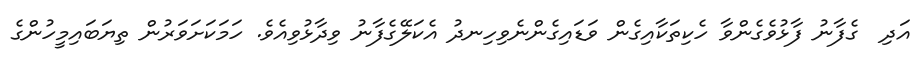
އަދި  ގެފާނު ފާޅުވެގެންވާ ހެކިތަކާއިގެން ވަޑައިގެންނެވިހިނދު އެކަލޭގެފާނު ވިދާޅުވިއެވެ. ހަމަކަށަވަރުން ތިޔަބައިމީހުންގެ